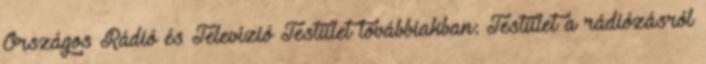
Országos Rádió és Televízió Testület továbbiakban: Testület a rádiózásról